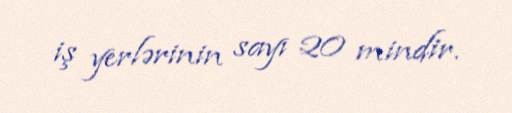
iş yerlərinin sayı 20 mindir.